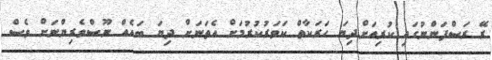
ރޭ ރަސްފަންނުގައި ކުރިއަށްދިޔަ ހަރަކާތް ކަވަރުކުރުމަށް އެތަނަށް ދިޔަ ބައެއް ނޫސްވެރިންނަށް ވެސް